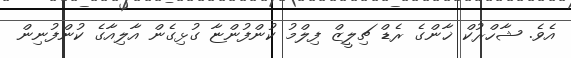
އެވެ. ޝާހްރުކް ޚާންގެ ރެޑް ޗިލީޒް ފިލްމު ކުންފުންޏާ ގުޅިގެން އާލިއާގެ ކުންފުނިން